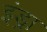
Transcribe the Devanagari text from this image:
इंड्रा